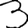
Digit: 3